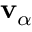
\mathbf { v } _ { \alpha }